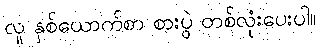
လူ နှစ်ယောက်စာ စားပွဲ တစ်လုံးပေးပါ။